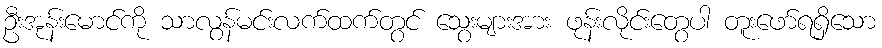
ဦးအုန်းမောင်ကို သာလွန်မင်းလက်ထက်တွင် သွေးများအား ဖုန်းလိုင်းတွေပါ တူးဖော်ရရှိသော